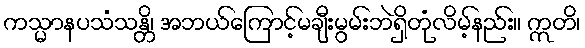
ကသ္မာနပသံသန္တိ၊ အဘယ်ကြောင့်မချီးမွမ်းဘဲရှိတုံလိမ့်နည်း။ ဣတိ၊